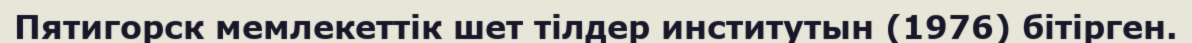
Пятигорск мемлекеттік шет тілдер институтын (1976) бітірген.